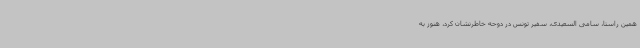
همین راستا، سامی السعیدی، سفیر تونس در دوحه خاطرنشان کرد، هنوز به